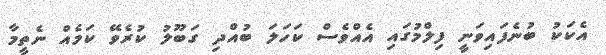
އެކަކު ބުނެފައިވަނީ ފިލްމުގައި އެއްވެސް ކަހަލަ ބުއްދި ގަބޫލު ކުރެވޭ ކަމެއް ނެތީމާ